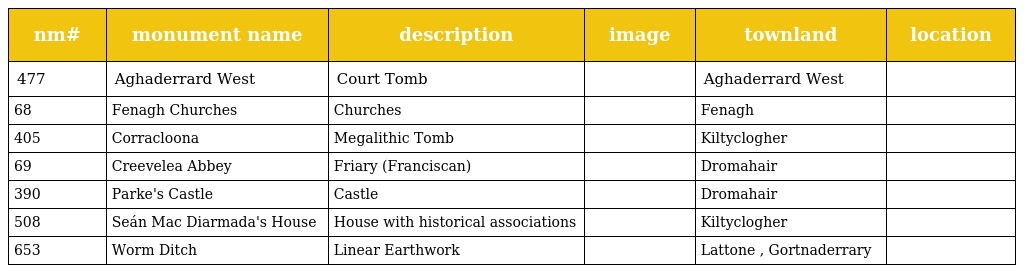
| nm# | monument name | description | image | townland | location |
 | --- | --- | --- | --- | --- | --- |
 | 477 | Aghaderrard West | Court Tomb |  | Aghaderrard West |  |
 | 68 | Fenagh Churches | Churches |  | Fenagh |  |
 | 405 | Corracloona | Megalithic Tomb |  | Kiltyclogher |  |
 | 69 | Creevelea Abbey | Friary (Franciscan) |  | Dromahair |  |
 | 390 | Parke's Castle | Castle |  | Dromahair |  |
 | 508 | Seán Mac Diarmada's House | House with historical associations |  | Kiltyclogher |  |
 | 653 | Worm Ditch | Linear Earthwork |  | Lattone , Gortnaderrary |  |